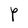
Character: P